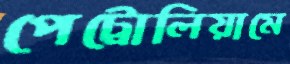
পেট্রোলিয়ামে